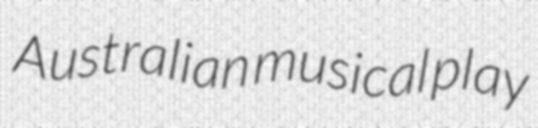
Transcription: Australian musical play